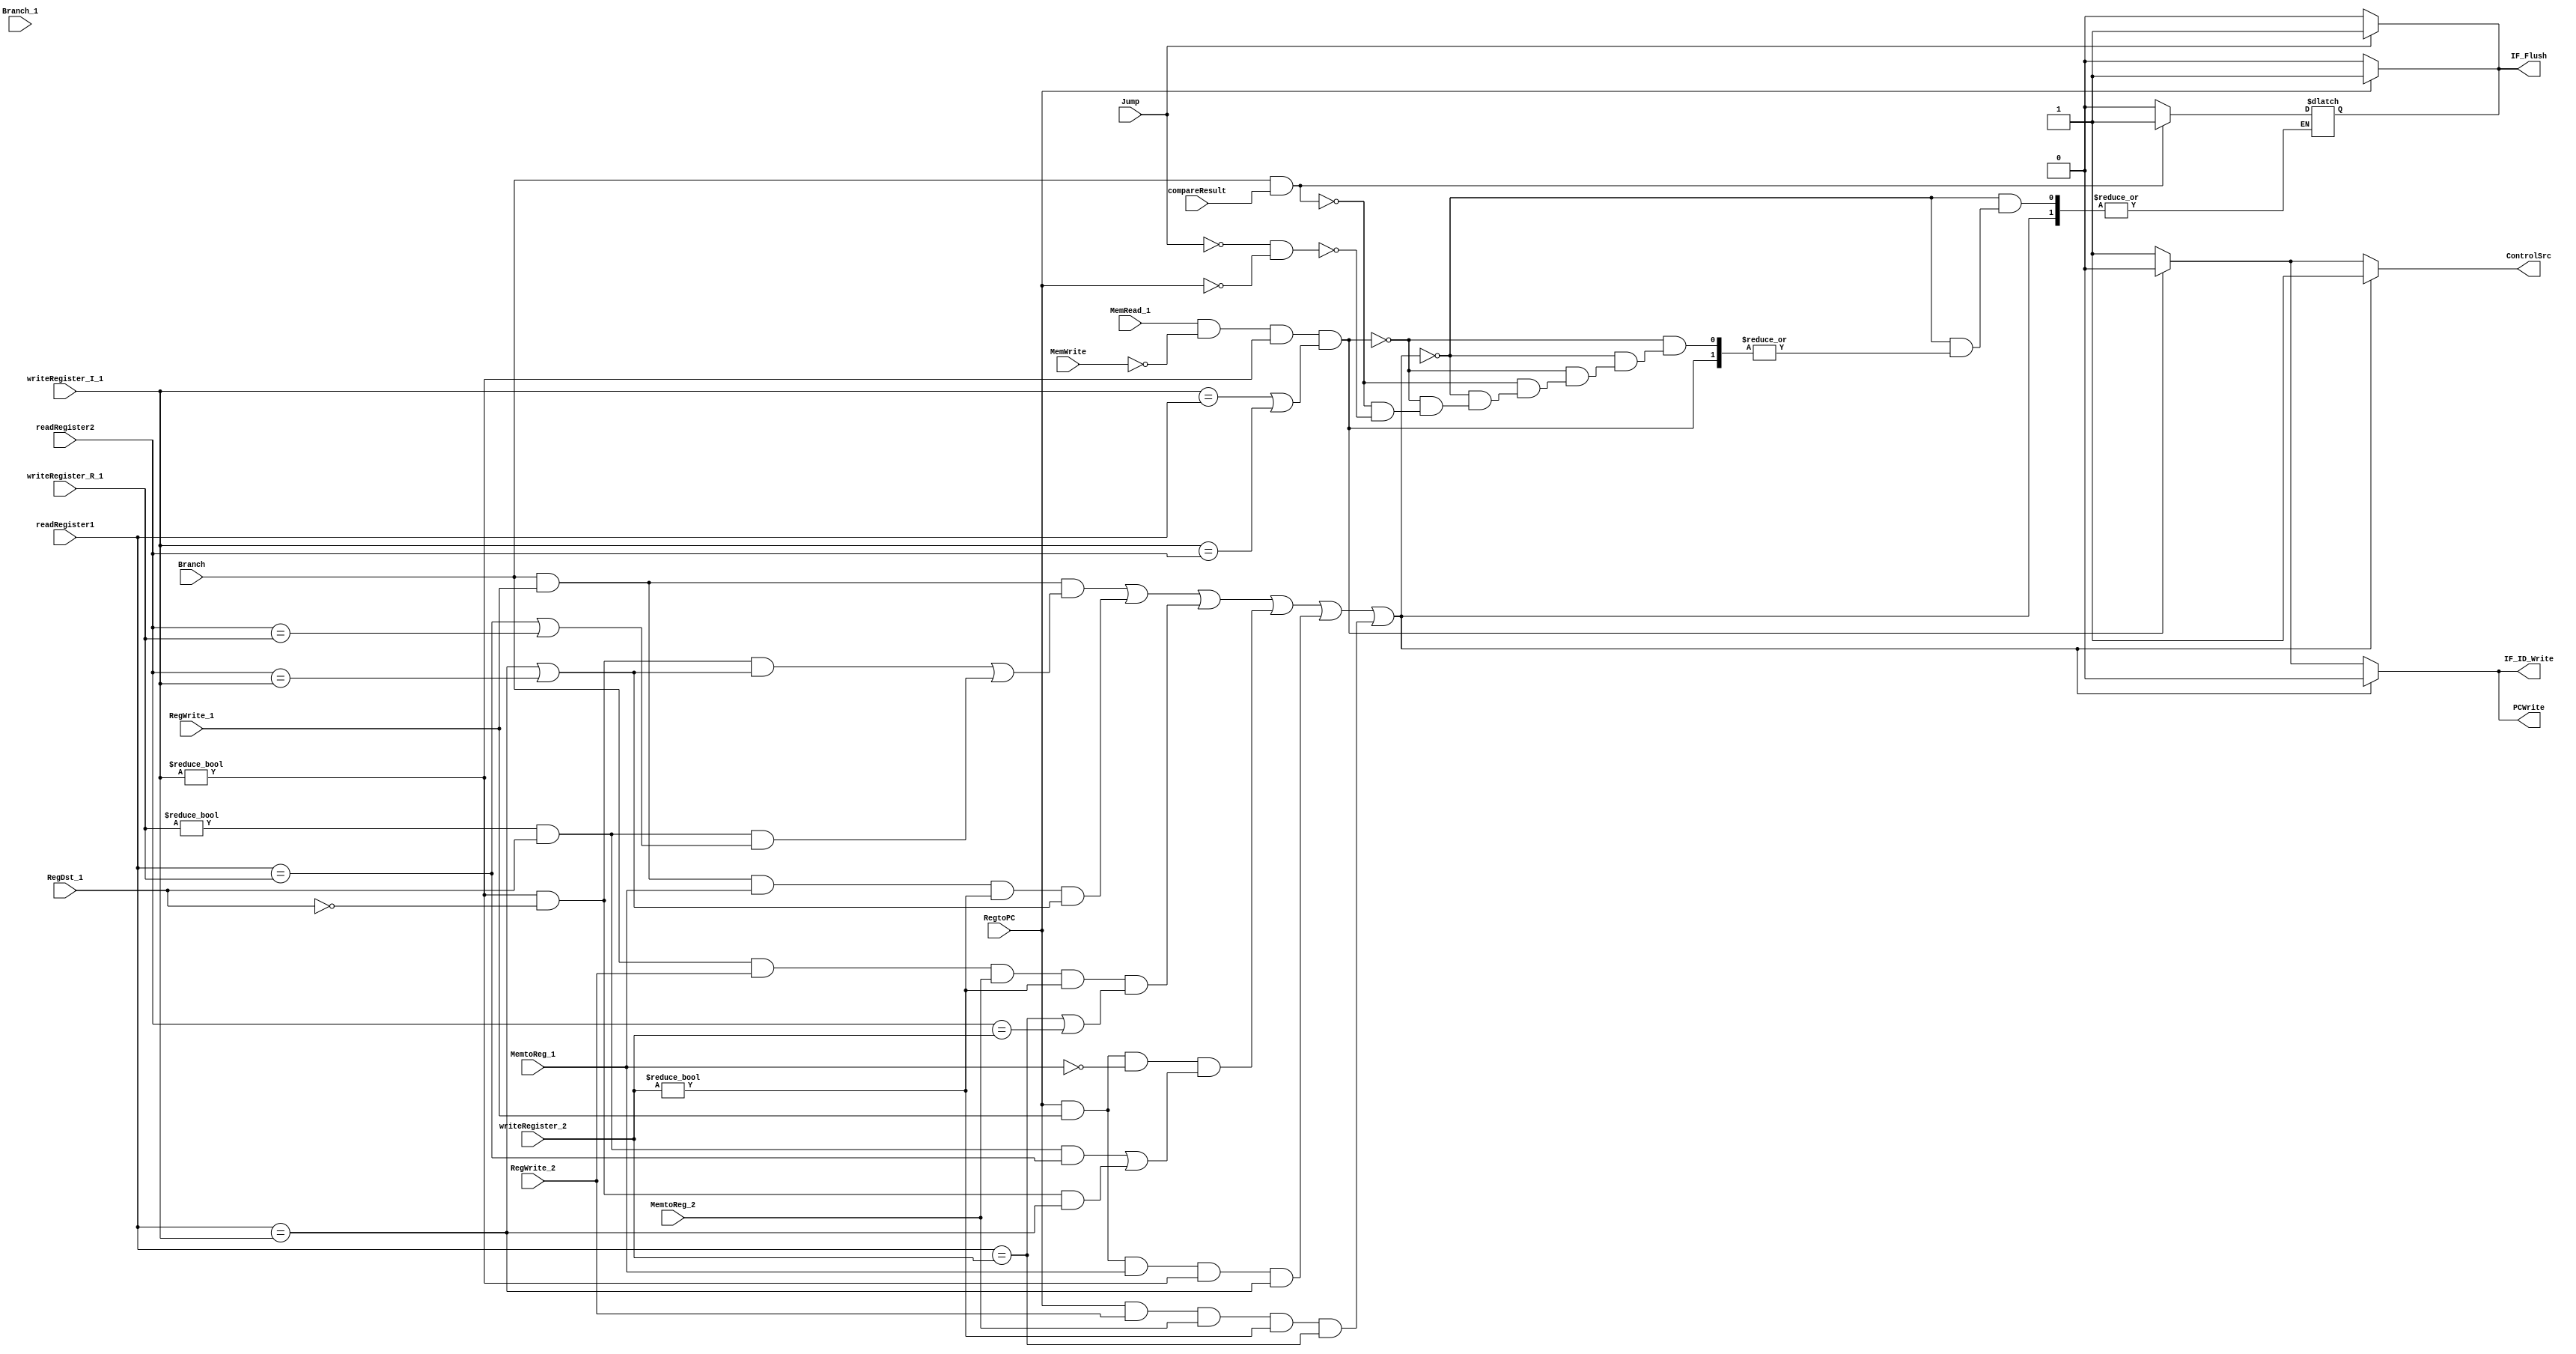
`timescale 1ns / 1ps

module HazardDetectionUnit(readRegister1, readRegister2, MemRead_1,
						   writeRegister_I_1, Branch, Branch_1, RegWrite_1,
						   MemtoReg_1, writeRegister_R_1, RegWrite_2,
						   writeRegister_2, MemtoReg_2, compareResult,
						   Jump, RegtoPC, RegDst_1, MemWrite,
						   PCWrite, IF_ID_Write, ControlSrc, IF_Flush);
	// readRegister1 and readRegister2 are values read directly
	// from the IF/ID registers
	
	input [4:0] readRegister1;
	input [4:0] readRegister2;
	input MemRead_1;
	input [4:0] writeRegister_I_1;
	input Branch;
	input Branch_1;
	input RegWrite_1;
	input MemtoReg_1;
	input [4:0] writeRegister_R_1;
	input RegWrite_2;
	input [4:0] writeRegister_2;
	input MemtoReg_2;
	input compareResult;
	input Jump;
	input RegtoPC;
	input RegDst_1;
	input MemWrite;
	
	output reg PCWrite;
	output reg IF_ID_Write;
	output reg ControlSrc;
	output reg IF_Flush;

	initial
	begin
		PCWrite = 1;
		IF_ID_Write = 1;
		ControlSrc = 1;
		IF_Flush = 0;
	end
	
	always @(readRegister1 or readRegister2 or Branch or RegtoPC
			 or MemRead_1 or writeRegister_I_1 or MemWrite
			 or Branch or RegWrite_1 or RegWrite_2
			 or MemtoReg_1 or MemtoReg_2 or Branch_1 or compareResult)
	begin
		// Bubble for BEQ when operand is calculated by RTYPE just before
		if((Branch && RegWrite_1 && ((writeRegister_I_1 != 0 && !RegDst_1
									  && (readRegister1 == writeRegister_I_1
									   || readRegister2 == writeRegister_I_1))
							  	  || (writeRegister_R_1 != 0 && RegDst_1
									  && (readRegister1 == writeRegister_R_1
									   || readRegister2 == writeRegister_R_1))))
		// First bubble for BEQ when operand is calculated by LW just before
		|| (Branch && RegWrite_1 && MemtoReg_1 && writeRegister_2 != 0
											   && (readRegister1 == writeRegister_I_1
												|| readRegister2 == writeRegister_I_1))
		// Second bubble for BEQ when operand is calculated by LW just before
		|| (Branch && RegWrite_2 && MemtoReg_2 && writeRegister_2 != 0
											   && (readRegister1 == writeRegister_2
												|| readRegister2 == writeRegister_2))
		// Bubble for JR if operand is calculated by RTYPE just before the JR
		|| (RegtoPC && RegWrite_1 && !MemtoReg_1
			&& ((writeRegister_R_1 != 0 && RegDst_1 && readRegister1 == writeRegister_R_1)
			 || (writeRegister_I_1 != 0 && !RegDst_1 && readRegister1 == writeRegister_I_1)))
		//  Bubble for JR if operand is calculated by LW just using it
		|| (RegtoPC && RegWrite_1 && MemtoReg_1
			&& writeRegister_I_1 != 0 && readRegister1 == writeRegister_I_1)
		// Second bubble for JR if operand is calculated by LW just before using it
		|| (RegtoPC && RegWrite_2 && MemtoReg_2
			&& writeRegister_2 != 0 && readRegister1 == writeRegister_2))
		begin
			PCWrite = 0;
			IF_ID_Write = 0;
			ControlSrc = 1;
		end
		// Classic bubble logic for operand being calculated by lw just before
		// it is needed
		else if(MemRead_1 && !MemWrite && writeRegister_I_1 != 0
				&& (writeRegister_I_1 == readRegister1
					|| writeRegister_I_1 == readRegister2))
		begin
			PCWrite = 0;
			IF_ID_Write = 0;
			ControlSrc = 0;
		end
		else
		begin
			// Invalidate previous instruction if we jump elsewhere
			// But still write PC
			if((Branch && compareResult))
				IF_Flush = 1;
			else
				if(!Jump && !RegtoPC)
					IF_Flush = 0;
			IF_ID_Write = 1;
			PCWrite = 1;
			ControlSrc = 1;
		end
	end
	
	// Always need a bubble when jump instruction
	always @(Jump)
		if(Jump)
			IF_Flush = 1;
		else
			IF_Flush = 0;
			
	// Always need a bubble when writing to PC with jr
	always @(RegtoPC)
		if(RegtoPC)
			IF_Flush = 1;
		else
			IF_Flush = 0;
endmodule